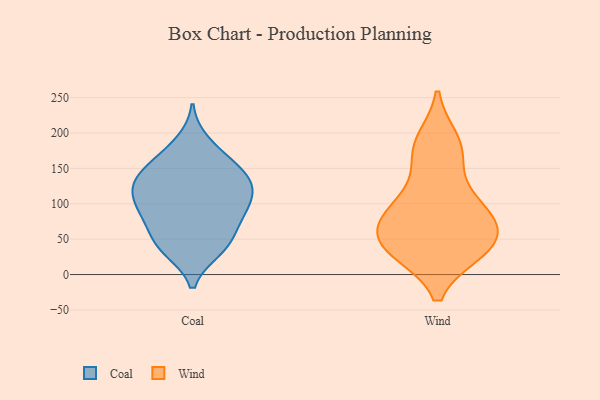
{"axis": {"x": "Production Output", "y": "Value"}, "legend": ["Coal", "Wind"], "data": [{"x": "", "y": 133, "type": "Coal"}, {"x": "", "y": 140, "type": "Coal"}, {"x": "", "y": 110, "type": "Coal"}, {"x": "", "y": 79, "type": "Coal"}, {"x": "", "y": 100, "type": "Coal"}, {"x": "", "y": 129, "type": "Coal"}, {"x": "", "y": 142, "type": "Coal"}, {"x": "", "y": 187, "type": "Coal"}, {"x": "", "y": 35, "type": "Coal"}, {"x": "", "y": 45, "type": "Coal"}, {"x": "", "y": 44, "type": "Coal"}, {"x": "", "y": 110, "type": "Coal"}, {"x": "", "y": 95, "type": "Coal"}, {"x": "", "y": 128, "type": "Coal"}, {"x": "", "y": 167, "type": "Coal"}, {"x": "", "y": 84, "type": "Coal"}, {"x": "", "y": 36, "type": "Coal"}, {"x": "", "y": 71, "type": "Coal"}, {"x": "", "y": 159, "type": "Coal"}, {"x": "", "y": 86, "type": "Wind"}, {"x": "", "y": 36, "type": "Wind"}, {"x": "", "y": 74, "type": "Wind"}, {"x": "", "y": 106, "type": "Wind"}, {"x": "", "y": 99, "type": "Wind"}, {"x": "", "y": 165, "type": "Wind"}, {"x": "", "y": 42, "type": "Wind"}, {"x": "", "y": 34, "type": "Wind"}, {"x": "", "y": 179, "type": "Wind"}, {"x": "", "y": 71, "type": "Wind"}, {"x": "", "y": 51, "type": "Wind"}, {"x": "", "y": 34, "type": "Wind"}, {"x": "", "y": 188, "type": "Wind"}]}